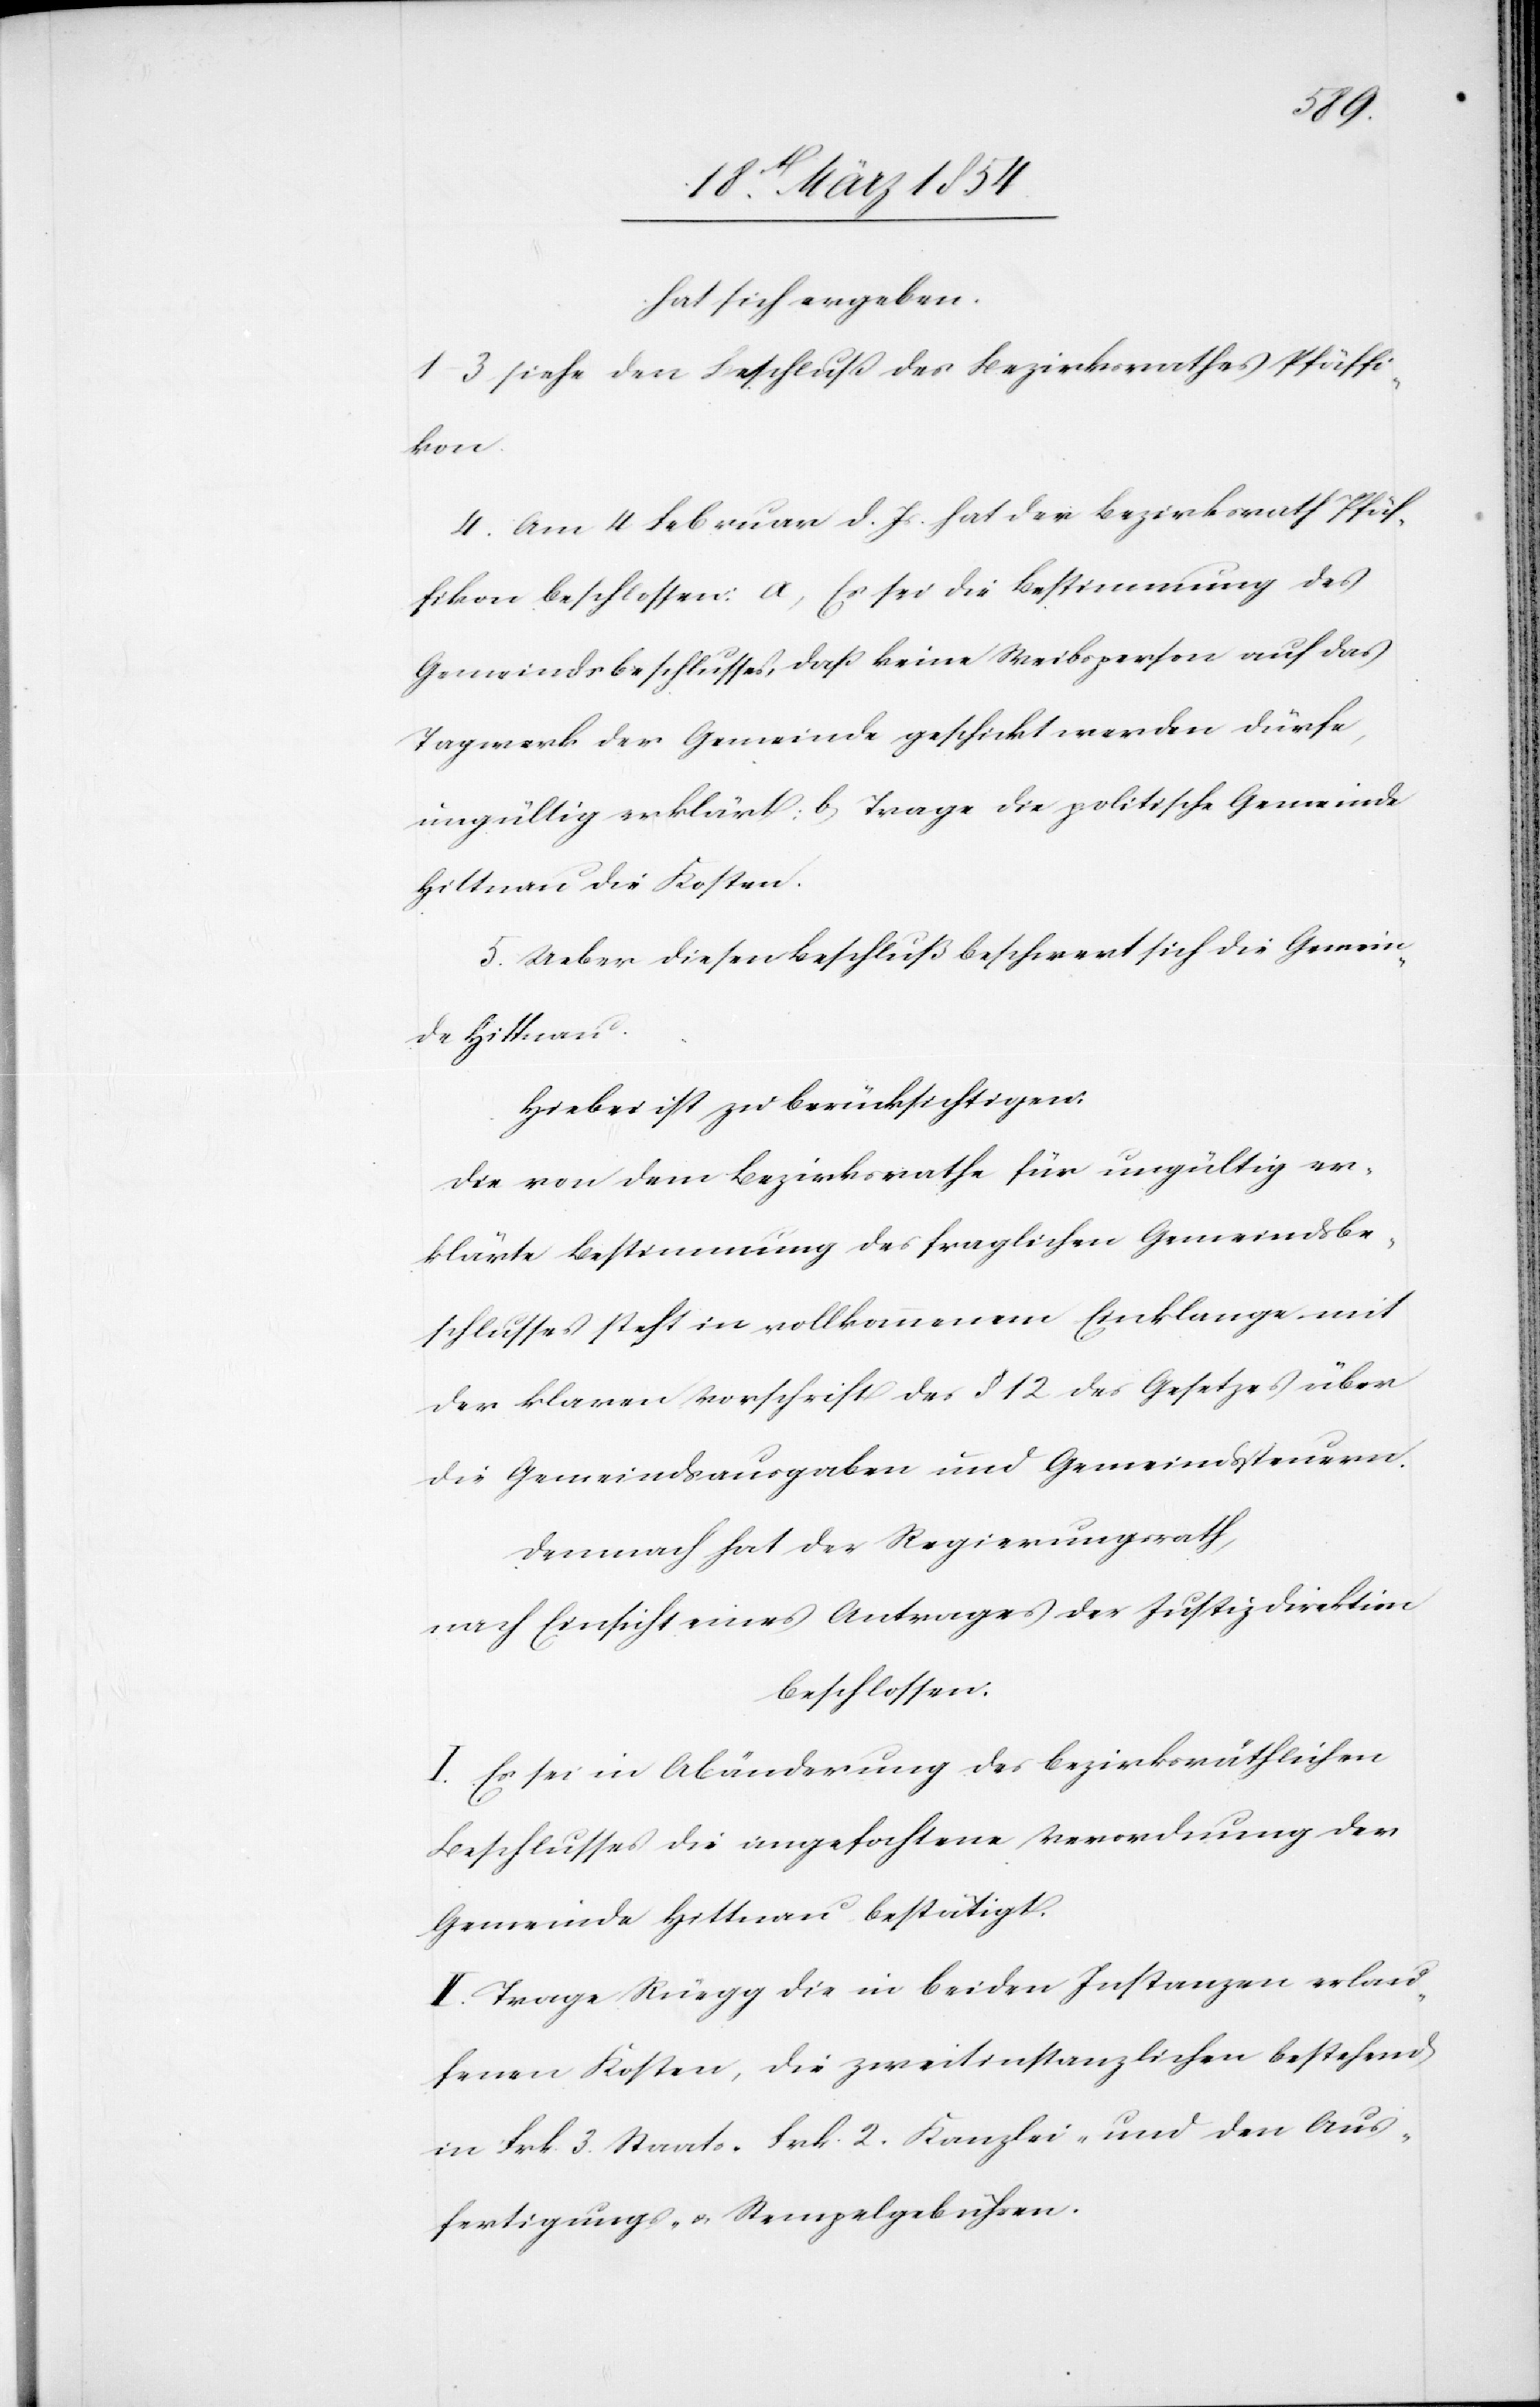
hat sich ergeben.
1–3 siehe den Beschluß des Bezirksrathes Pfäffi¬
kon.
4. Am 4 Februar d. Js hat der Bezirksrath Pfäf¬
fikon beschlossen: a) Es sei die Bestimmung des
Gemeindsbeschlusses, daß keine Weibsperson auf das
Tagwerk der Gemeinde geschickt werden dürfe,
ungültig erklärt; b) Trage die politische Gemeinde
Hittnau die Kosten.
5. Ueber diesen Beschluß beschwert sich die Gemein¬
de Hittnau.
Hiebei ist zu berücksichtigen:
Die von dem Bezirksrathe für ungültig er¬
klärte Bestimmung des fraglichen Gemeindsbe¬
schlusses steht in vollkommenem Einklange mit
der klaren Vorschrift des § 12 des Gesetzes über
die Gemeindsausgaben und Gemeindssteuern.
Demnach hat der Regierungsrath,
nach Einsicht eines Antrages der Justiz Direktion
beschlossen:
I. Es sei in Abänderung des bezirksräthlichen
Beschlusses die angefochtene Verordnung der
Gemeinde Hittnau bestätigt.
II. Trage Rüegg die in beiden Instanzen erlau¬
fenen Kosten, die zweitinstanzlichen bestehend
in Frk. 3. Staats-[,] Frk. 2. Kanzlei- und den Aus¬
fertigungs- u. Stempelgebühren.